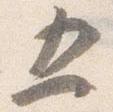
五